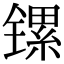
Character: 镙